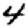
Digit: 4